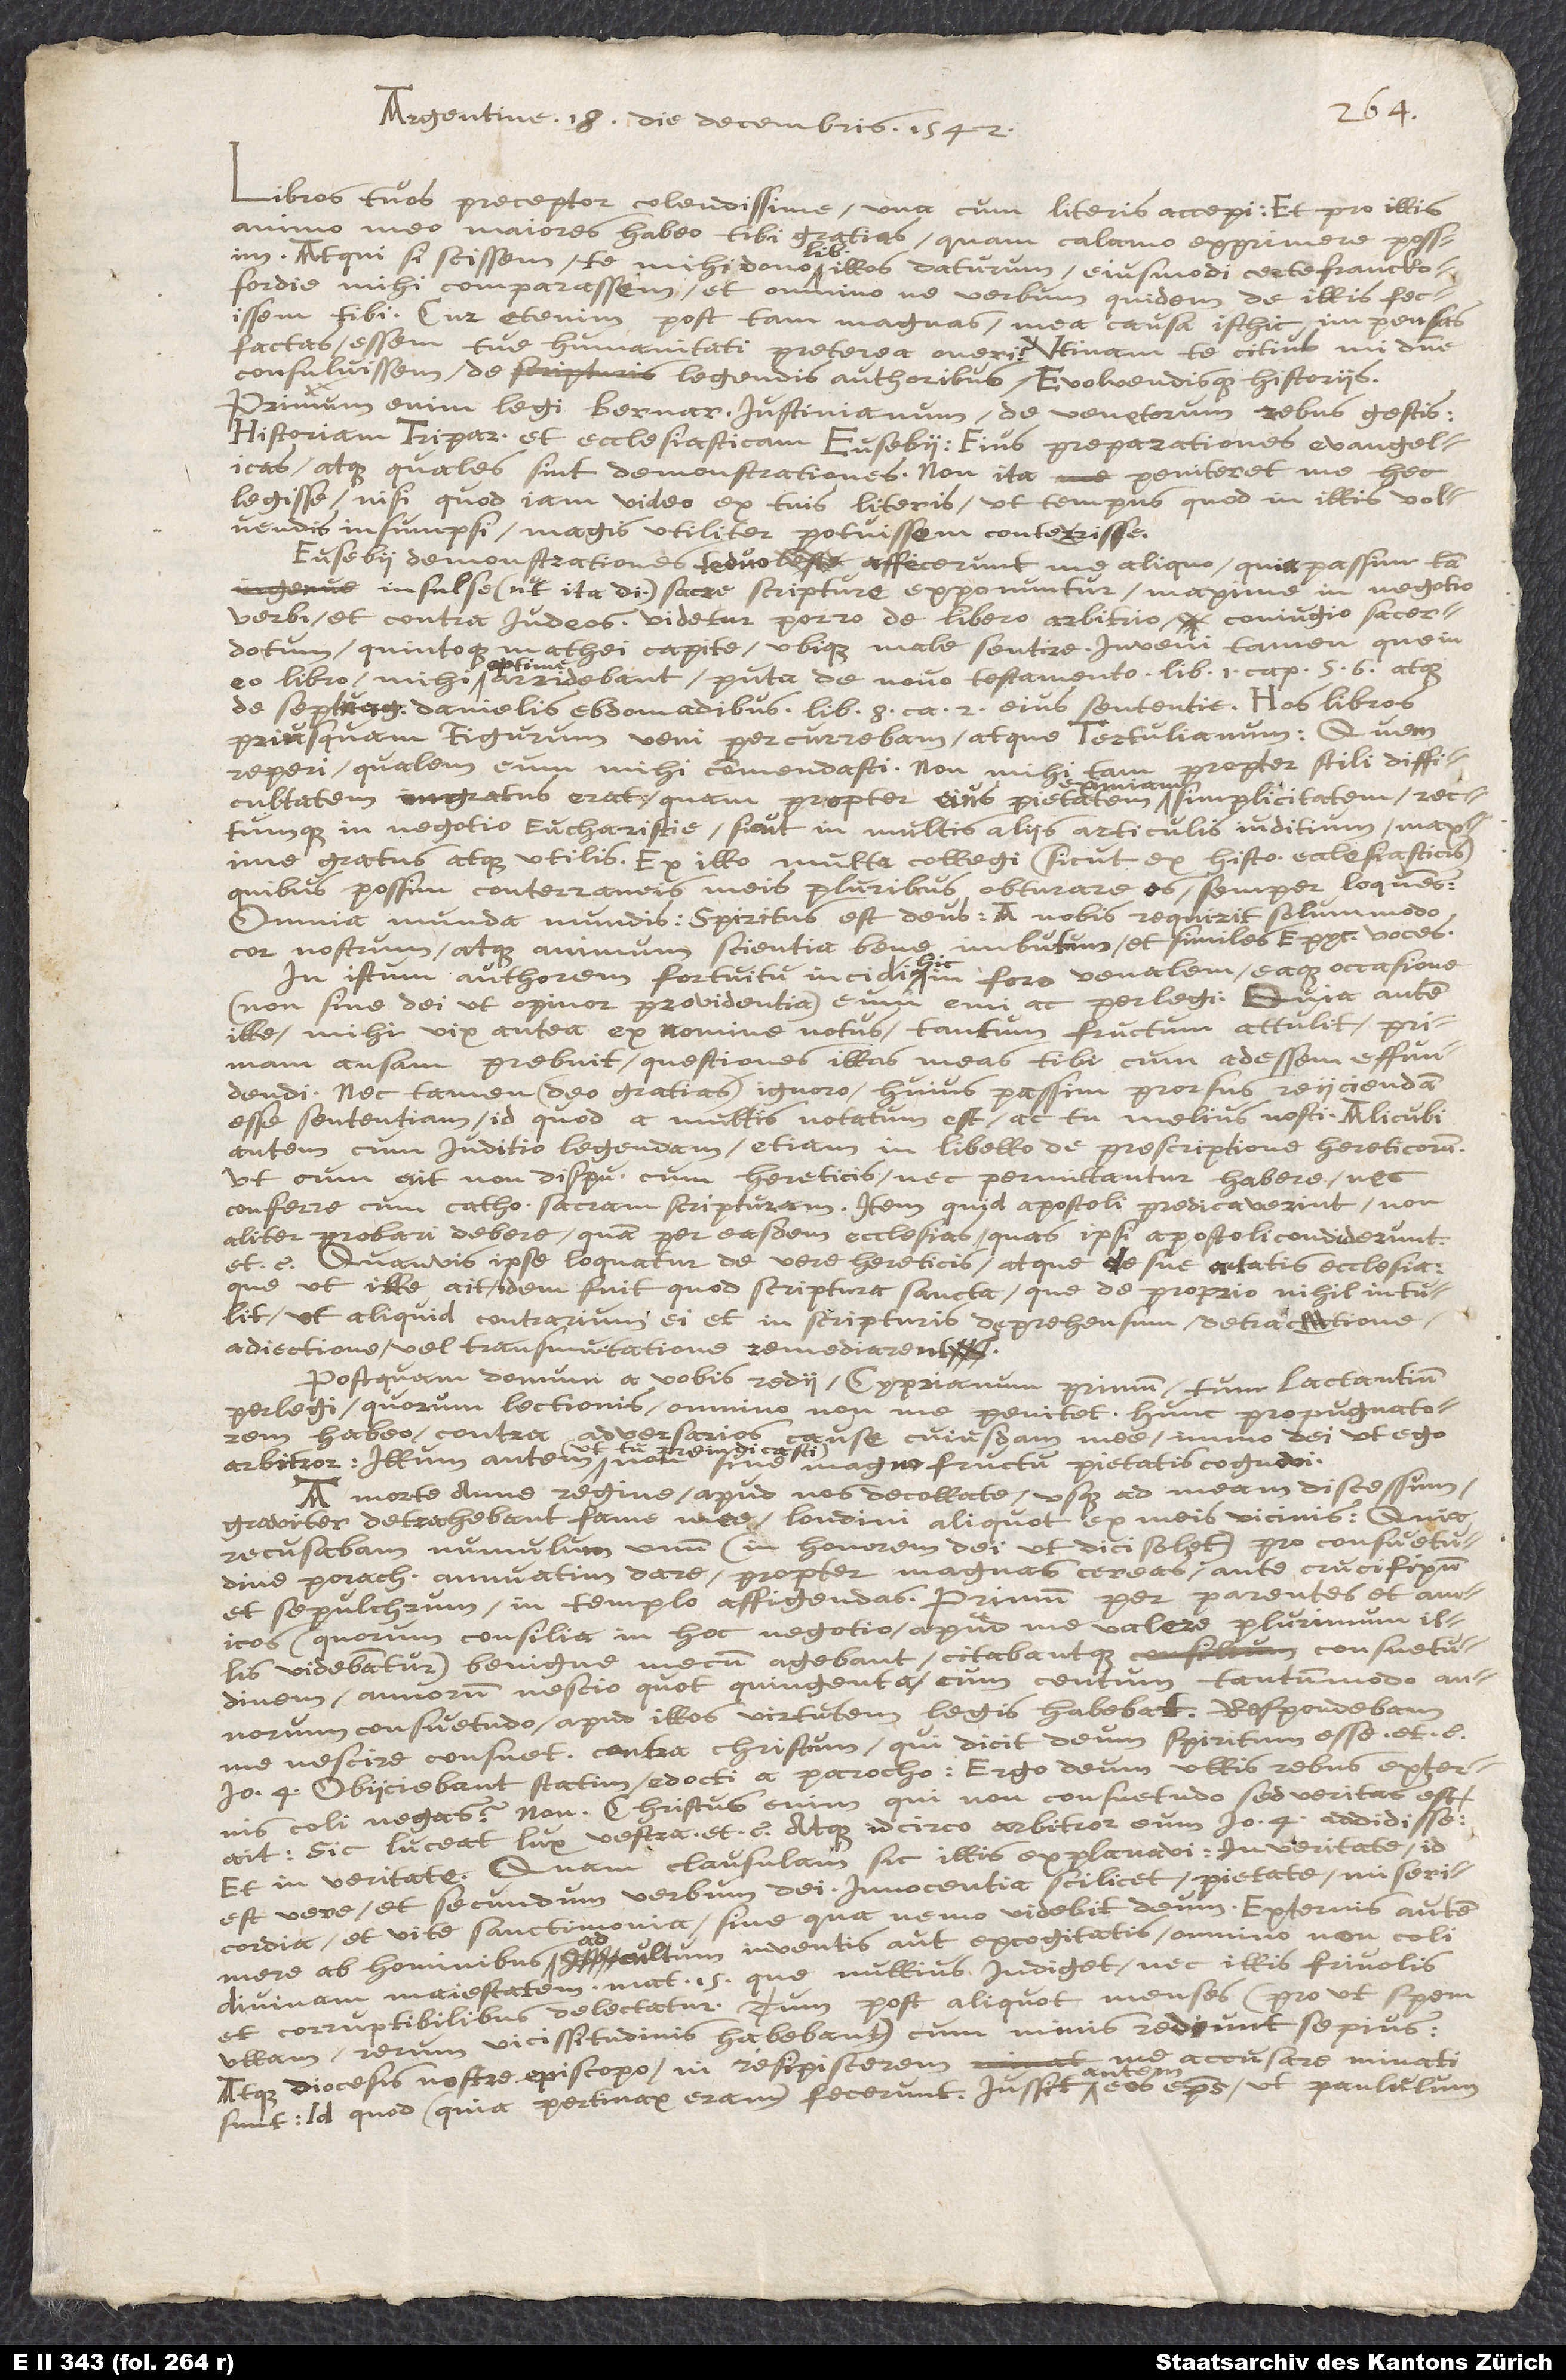
Argentinae, 18 die Decembris, 1542.
Libros tuos, praeceptor colendissime, una cum literis accepi; et pro illis
animo meo majores habeo tibi gratias, quam calamo exprimere possim.
Atqui si scissem to mihi dono libros illos daturum, ejusmodi certe Francofordiae
comparassem, et omnino ne verbum quidem de illis fecissem
tibi. Cur etenim post tam magnas mea causa isthic impensas
factas essem tuae humanitati praeterea oneri? Utinam te citius, mi domine,
consuluissem de legendis auctoribus evolvendisque historiis.
Primum enim legi Bernar. Justinianum de Venetorum rebus gestis,
historiam Tripartitam, et Ecclesiasticam Eusebii, ejus Praeparationes Evangelicas,
atque quales sint Demonstrationes. Non ita poeniteret me haec
legisse, nisi quod jam video ex tuis literis, ut tempus quod in illis volvendis
insumpsi magis utiliter potuissem conterisse.
Eusebii Demonstrationes taedio affecerunt me aliquo, quia passim tam
insulse (ut ita dicam) sacrae scripturae exponuntur, maxime in negotio
Verbi et contra Judaeos. Videtur porro de libero arbitrio, conjugio sacerdotum,
quintoque Matthaei capite ubique male sentire. Inveni tamen quae in
eo libro mihi optime arridebant; puta de novo testamento, Lib. i. cap. 5, 6, atque
de septuaginta Danielis hebdomadibus, Lib. viii. cap. 2, ejus sententiae. Hos libros
priusquam Tigurum veni percurrebam atque Tertullianum: quem
tam propter styli difficultatem
reperi qualem eum mihi commendasti. Non mihi
ingratus erat, quam propter ejus pietatem eximiam, simplicitatem, rectumque
in negotio Eucharistiae, sicut in multis aliis articulis, judicium maxime
gratus atque utilis. Ex illo multa collegi (sicut de historiis ecclesiasticis),
quibus possim conterraneis meis pluribus obturare os, semper loquentibus.
Omnia munda mundis: spiritus est Deus: a nobis requirit solummodo
nostrum atque animum scientia bene imbutum,—et similes Epicureas voces.
In istum auctorem fortuitu incidi hic in foro venalem, eaque occasione
(non sine Dei, ut opinor, providentia) eum emi ac perlegi. Quia autem
ille, mihi vix antea ex nomine notus, tantum fructum attulit, primam
ansam praebuit quaestiones illas meas tibi cum adessem effundendi.
Nec tamen (Deo gratias) ignoro hujus passim prorsus rejiciendam
esse sententiam; id quod a multis notatum est ac tu melius nosti: alicubi
autem cum judicio legendam, etiam in libello de Praescriptione haereticorum,
ut cum ait non disputandum cum haereticis, nec permittantur habere nec
conferre cum catholicis sacram scripturam: item, quid apostoli praedicaverint non
aliter probari debere, quam per easdem ecclesias, quas ipsi apostoli condiderunt,
ctc. Quamvis ipse loquatur de vere haereticis atque de suae aetatis ecclesia,
quae (ut ille ait) idem fuit quod scriptura sancta, quae de proprio nihil intulit,
ut aliquid contrarium ei et in scripturis deprehensum retractione,
adjectione, vel transmutatione remediarent.
Postquam demum a vobis redii, Cyprianum primum, tum Lactantium
perlegi, quorum lectionis omnino non me poenitet. Hunc propugnatorem
habeo contra adversarios
magno fructu pietatis cognovi.
A morte Annae reginae apud nos decollatae usque ad meum discessum
graviter detrahebant famae meae Londini aliquot ex meis vicinis, quia
recusabam nummulum unum (in honorem Dei, ut dici solet) pro consuetudine
parochiae annuatim dare, propter magnas cereas ante crucifixum
et sepulchrum in templo affigendas. Primum per parentes et amicos
(quorum consilia in hoc negotio apud me valere plurimum illis
videbantur) benigne mecum agebant, citabantque consuetudinem
annorum nescio quot quingenta, cum centum tantummodo
annorum consuetudo apud illos virtutem legis habebat. Respondebam
me nescire consuetudinem contra Christum, qui dicit, Deum spiritum esse, etc.,
Jo. 4. Objiciebant statim, edocti a parocho: Ergo Deum ullis rebus externis
coli negas ? Non: Christus enim, qui non consuetudo sed veritas est,
"Sic luceat lux vestra,' etc. Atque idcirco arbitror eum, Jo. 4, addidisse,
"Et in veritate." Quam clausulam sic illis explanavi. In veritate, id
est, vere et secundum verbum Dei; innocentia scilicet, pietate, misericordia,
sanctimonia, sine qua nemo videbit Deum. Externis autem,
mere ab hominibus ad cultam inventis aut excogitatis, omnino non coli
divinam majestatem (Matth. 15), quae nullius indiget, nec illis frivolis
et corruptibilibus delectatur. Tum post aliquot menses (prout spem
ullam rerum vicissitudinis habebant) cum minis redeunt saepius,
accusare minati
atque diocesis nostrae episcopo, ni resipiscerem,
sunt: id quod, quia pertinax eram, fecerunt. Jussit autem eos episcopus ut paululum